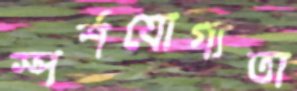
স্পর্শযোগ্যতা